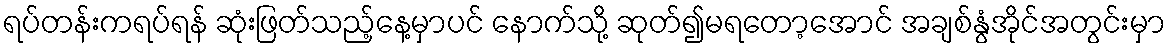
ရပ်တန်းကရပ်ရန် ဆုံးဖြတ်သည့်နေ့မှာပင် နောက်သို့ ဆုတ်၍မရတော့အောင် အချစ်နွံအိုင်အတွင်းမှာ